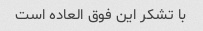
با تشکر این فوق العاده است